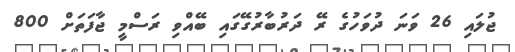
ޖުލައި 26 ވަނަ ދުވަހުގެ ރޭ ދަރުބާރުގޭގައި ބޭއްވި ރަސްމީ ޖާފަތަށް 800